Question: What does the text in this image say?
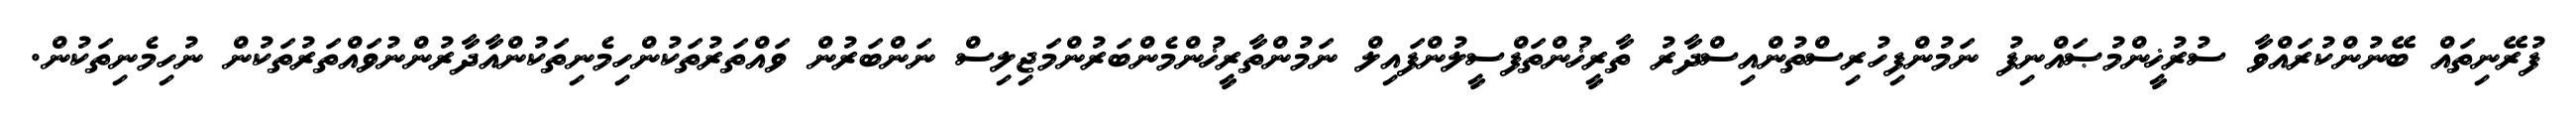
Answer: ފުރޭނިތައް ބޭނުންކުރައްވާ ސުރުޚީންމުޞައްނިފު ނަމުންފިހުރިސްތުންއިސްދާރު ތާރީޚުންތަފްސީލުންފައިލް ނަމުންތާރީޚުންމެންބަރުންމަޖިލިސް ނަންބަރުން ވައްތަރުތަކުންހިމެނިތަކުންއާދާރުންނުވައްތަރުތަކުން ނުހިމެނިތަކުން.